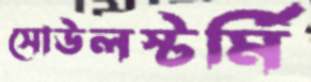
সোউলস্টর্মি